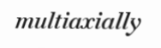
multiaxially